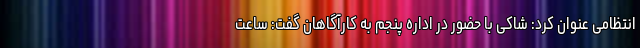
انتظامی عنوان کرد: شاکی با حضور در اداره پنجم به کارآگاهان گفت: ساعت